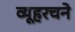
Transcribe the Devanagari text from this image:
व्यूहरचने